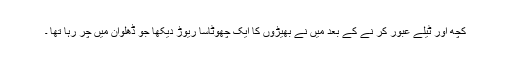
کچھ اور ٹیلے عبور کر نے کے بعد میں نے بھیڑوں کا ایک چھوٹاسا ریوڑ دیکھا جو ڈھلوان میں چر رہا تھا ۔